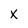
Character: X